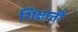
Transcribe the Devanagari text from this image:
शिक्षार्ती